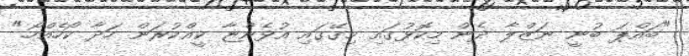
"ބައްޕަ ބުނީ ނަޒްލާ ދެން މިކޮޅުގައި މިގޭގައި އުޅެންޏާ ކީއްކުރަން ހަދާ ކޯހެއްހޯ."